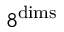
8 ^ { \mathrm { { d i m s } } }